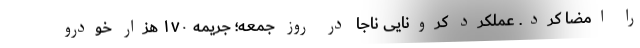
را امضا کرد. عملکرد کرونایی ناجا در روز جمعه؛ جریمه ۱۷۰ هزار خودرو